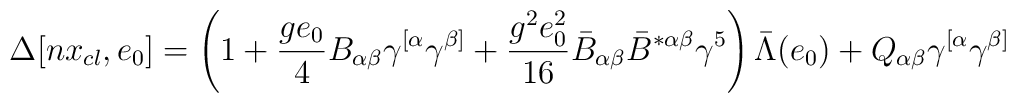
\Delta[nx_{cl},e_{0}]=\left(1+\frac{ge_{0}}{4}B_{\alpha\beta}\gamma^{[\alpha}\gamma^{\beta]}+\frac{g^{2}e_{0}^{2}}{16}\bar{B}_{\alpha\beta}\bar{B}^{*\alpha\beta}\gamma^{5}\right)\bar{\Lambda}(e_{0})+Q_{\alpha\beta}\gamma^{[\alpha}\gamma^{\beta]}